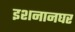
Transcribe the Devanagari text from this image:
इशनानघर